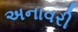
અનાવરી